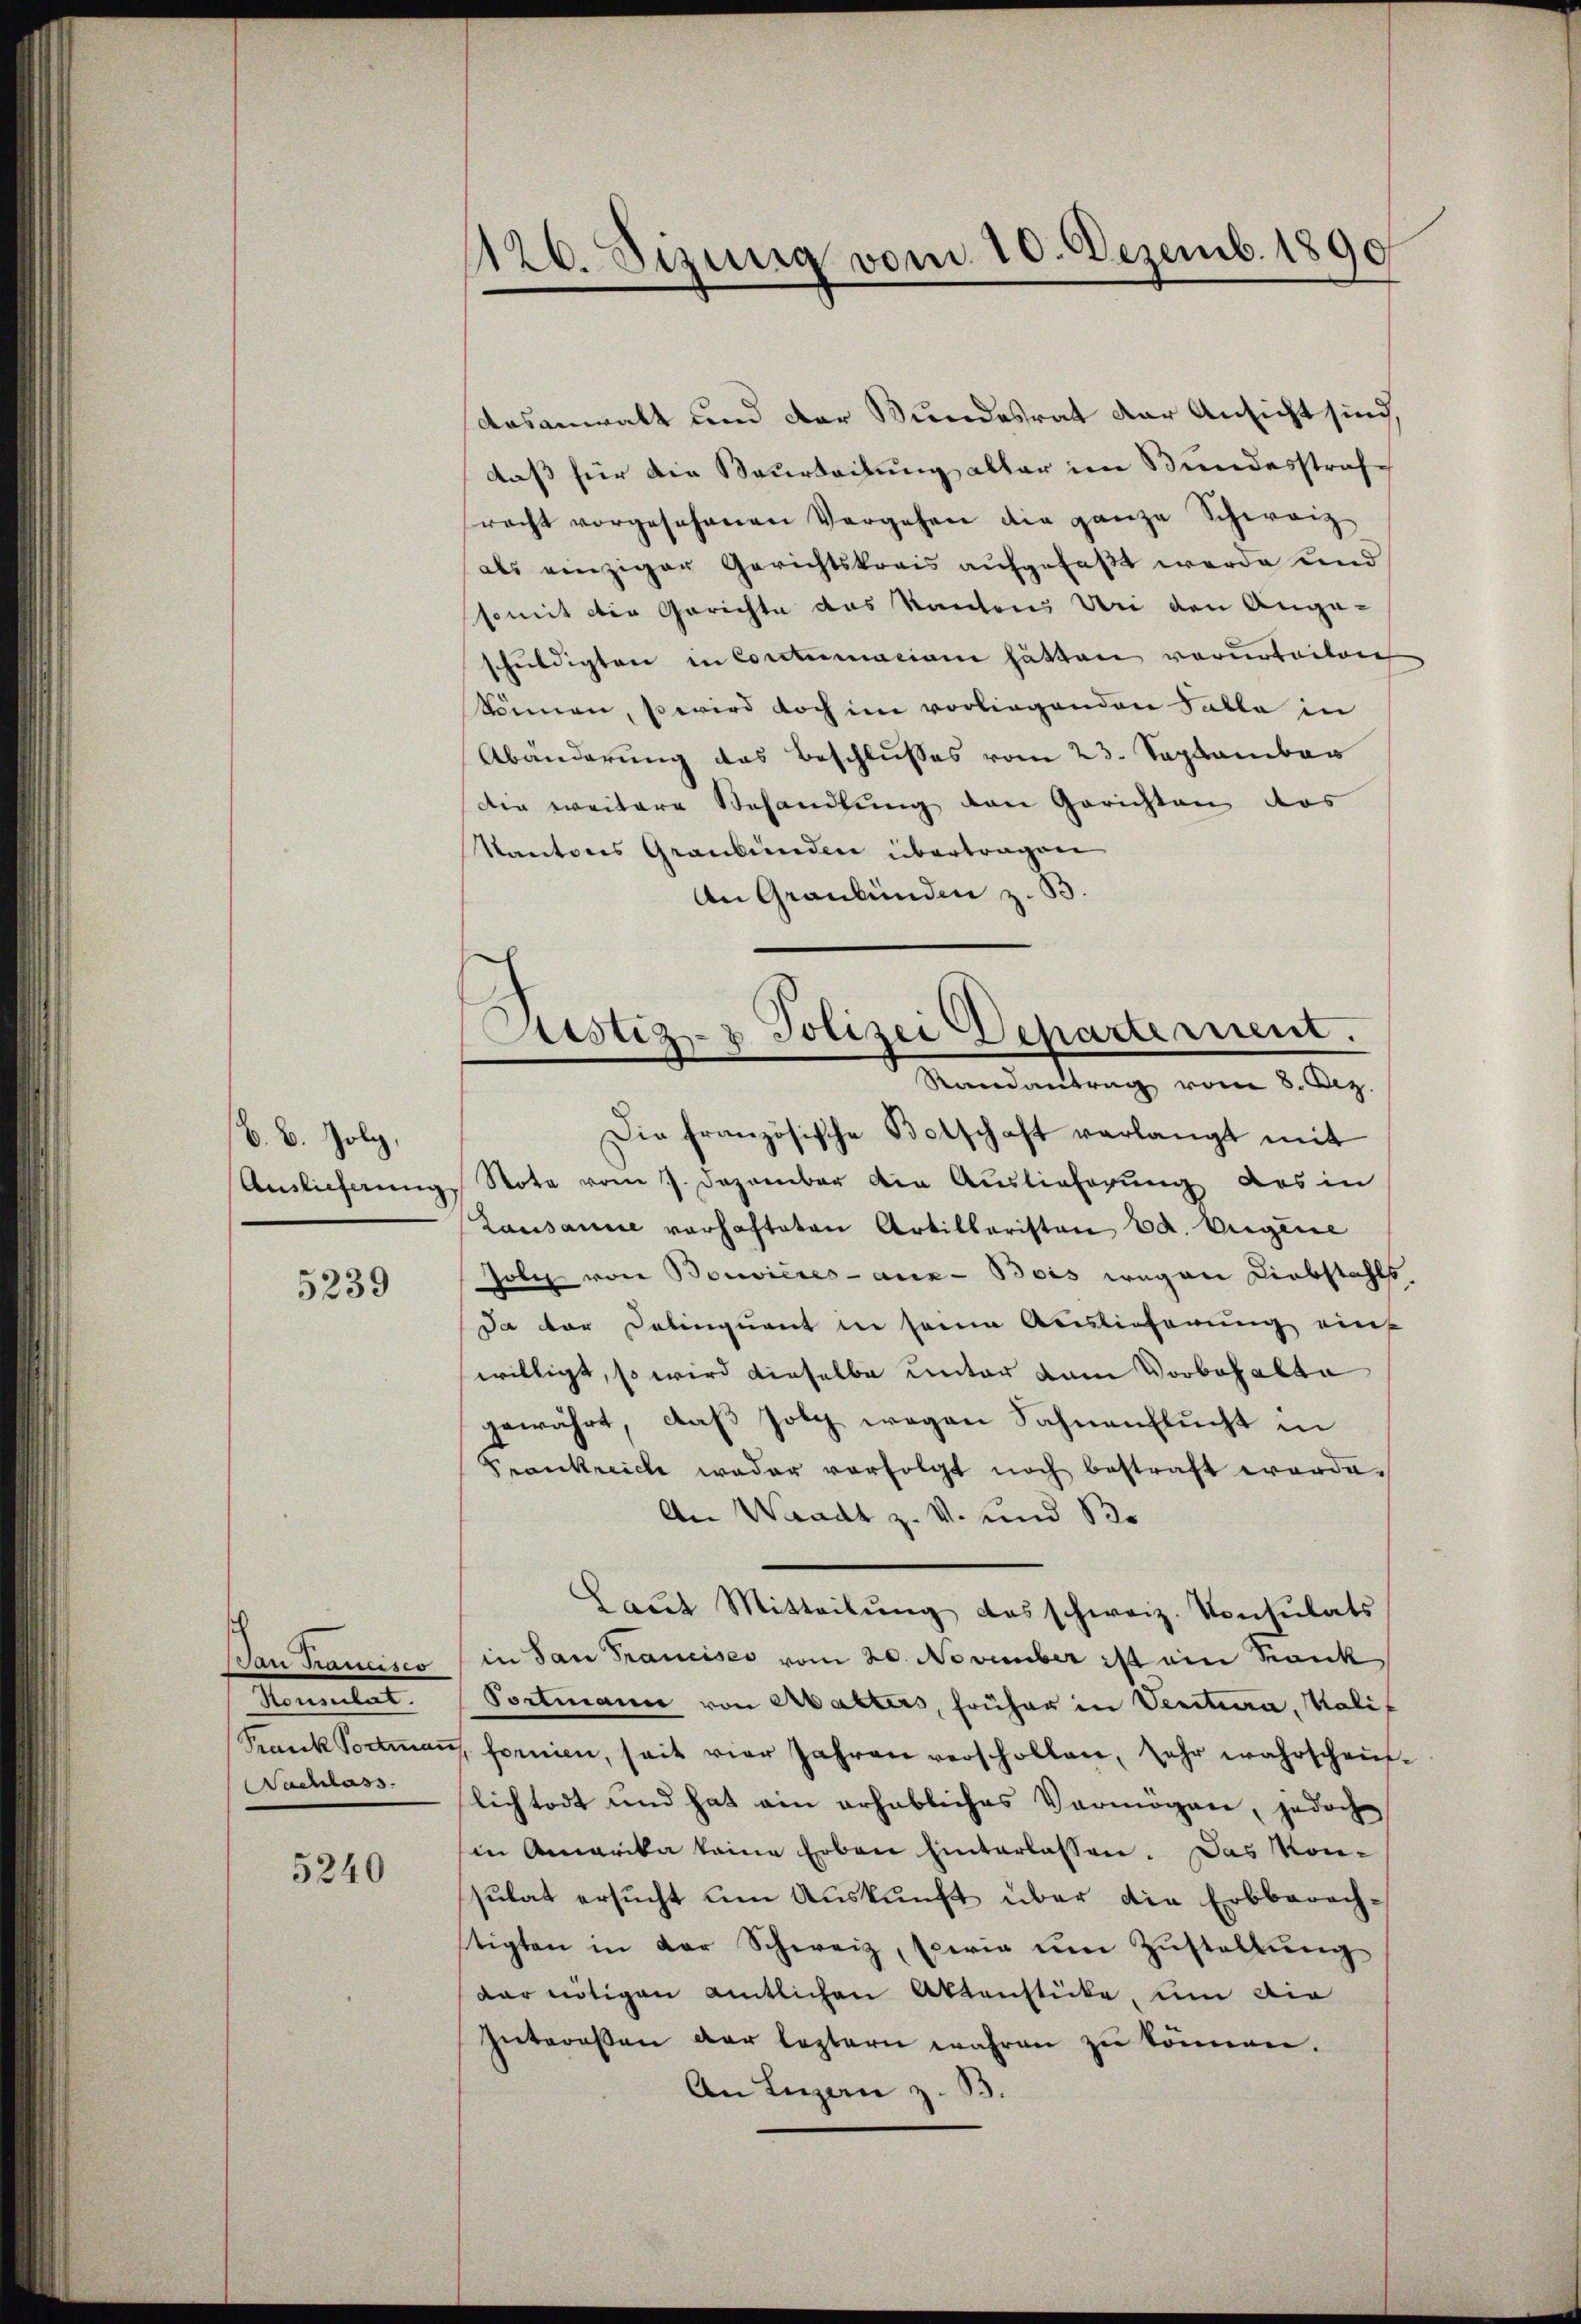
B. B. folg,
Auslieferung

5239

sch
Pau Francisco
Souslas.
Frank Portman
Nachlass

5240

126. Sizung vom 10. Dezemb. 1890

Justiz- & Polizei chartement.
Randantrag vom 8. Dez.

aasanwalt und der Bundesrat der Ansicht sind
daß für die Beurteilung aller im Bundesstrafracht vorgesehenen Vorgehen die ganze Schweiz
als einziger Gerichtskrais aufgefaßt werde und
somit der Gerichte das Kantons Uri den Ange-
schuldigten in Contumaciam hätten verurteilen
können, so wird doch im vorliegenden Falle in
Abänderung das Beschlusses vom 23. September
die weitere Behandlung den Gerichten des
Kantons Graubünden übertragen
An Graubünden z. B.
Die französische Botschaft verlangt mit
Note vom 7. Dezember die Auslieferung des in
Lausanne verhafteten Artillaristen Ed. Eigene
Joli von Bouvieres aux- Bois wegen Diebstahls.
da der Delinquant in seine Auslieferung ein
willigt, so wird dieselbe unter vom Vorbehalte
gewährt, daβ folg wegen Sahnenflucht in
Prankreich weder verfolgt noch bestraft werde.
An Waadt z. V. und 13.
Laut Mitteilŭng das schweiz. Konsulats
in San Francises vom 20. November ist ein Krank
Portmann von Abalters, früher in Venitura, Kalif
fornien, seit vier Jahren verschollen, sehr wahrschei-
lich todt und hat ein erhebliches Vermögen, jedoch
in Amerika keine Erben hinterlassen. Das Kon-
sŭlat ersŭcht um Aŭskŭnft über die Erbberech-
stigten in der Schweiz, sowie um Zustellung
dar nötigen amtlichen Aktenstücke, um di
Interessen der leztern wahren zu können.
An Luzan z. B.